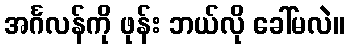
အင်္ဂလန်ကို ဖုန်း ဘယ်လို ခေါ်မလဲ။